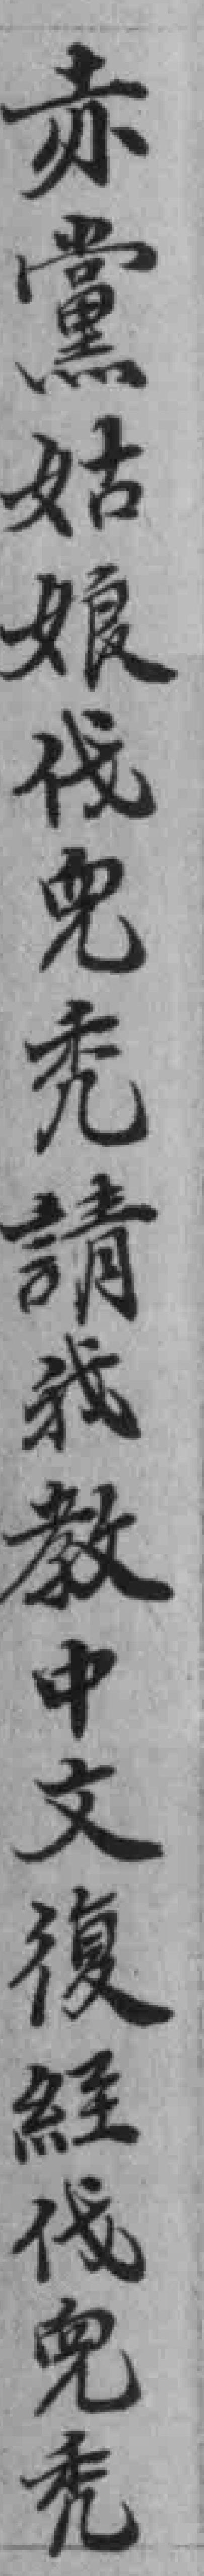
赤黨姑娘伐𠒇秃請我教中文復経伐𠒇秃